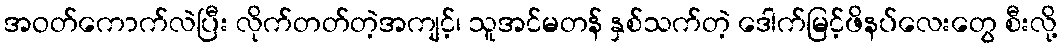
အဝတ်ကောက်လဲပြီး လိုက်တတ်တဲ့အကျင့်၊ သူအင်မတန် နှစ်သက်တဲ့ ဒေါက်မြင့်ဖိနပ်လေးတွေ စီးလို့